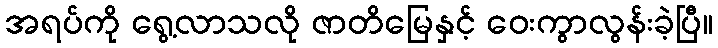
အရပ်ကို ရွေ့လာသလို ဇာတိမြေနှင့် ဝေးကွာလွန်းခဲ့ပြီ။